[Report on the health of British troops in the Madras command]
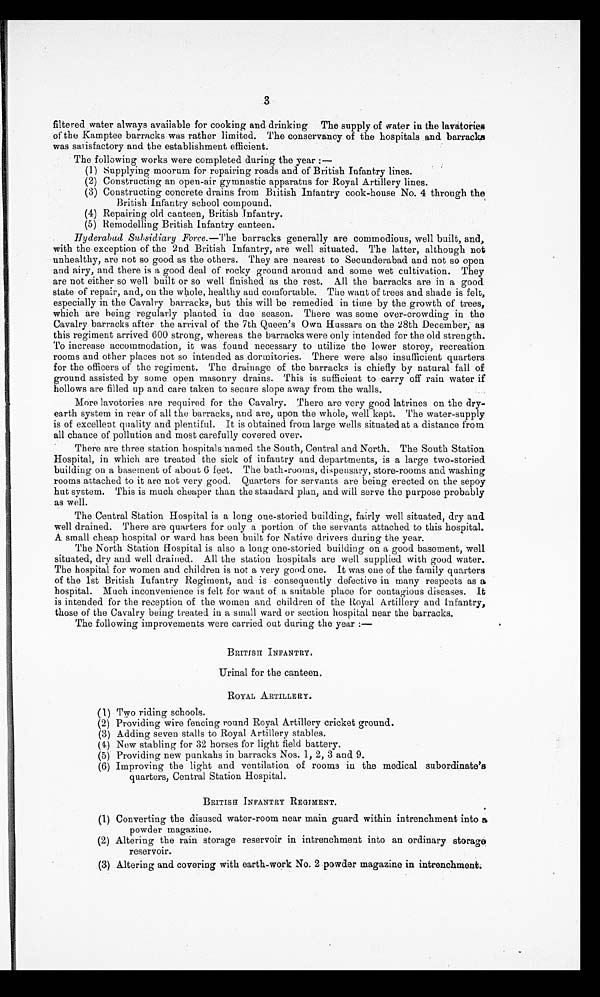
3
filtered water always available for cooking and drinking The supply of water in the lavatories
of the Kamptee barracks was rather limited. The conservancy of the hospitals and barracks
was satisfactory and the establishment efficient.
The following works were completed during the year:—
(1) Supplying moorum for repairing roads and of British Infantry lines.
(2) Constructing an open-air gymnastic apparatus for Royal Artillery lines.
(3) Constructing concrete drains from British Infantry cook-house No. 4 through the
British Infantry school compound.
(4) Repairing old canteen, British Infantry.
(5) Remodelling British Infantry canteen.
Hyderabad Subsidiary Force. —The barracks generally are commodious, well built, and,
with the exception of the 2nd British Infantry, are well situated. The latter, although not
unhealthy, are not so good as the others. They are nearest to Secunderabad and not so open
and airy, and there is a good deal of rocky ground around and some wet cultivation. They
are not either so well built or so well finished as the rest. All the barracks are in a good
state of repair, and, on the whole, healthy and comfortable. The want of trees and shade is felt,
especially in the Cavalry barracks, but this will be remedied in time by the growth of trees,
which are being regularly planted in due season. There was some over-crowding in the
Cavalry barracks after the arrival of the 7th Queen's Own Hussars on the 28th December, as
this regiment arrived 600 strong, whereas the barracks were only intended for the old strength.
To increase accommodation, it was found necessary to utilize the lower storey, recreation
rooms and other places not so intended as dormitories. There were also insufficient quarters
for the officers of the regiment. The drainage of the barracks is chiefly by natural fall of
ground assisted by some open masonry drains. This is sufficient to carry off rain water if
hollows are filled up and care taken to secure slope away from the walls.
More lavotories are required for the Cavalry. There are very good latrines on the dry
-earth system in rear of all the barracks, and are, upon the whole, well kept. The water-supply
is of excellent quality and plentiful. It is obtained from large wells situated at a distance from
all chance of pollution and most carefully covered over.
There are three station hospitals named the South, Central and North. The South Station
Hospital, in which are treated the sick of infantry and departments, is a large two-storied
building on a basement of about 6 feet. The bath-rooms, dispensary, store-rooms and washing
rooms attached to it are not very good. Quarters for servants are being erected on the sepoy
hut system. This is much cheaper than the standard plan, and will serve the purpose probably
as well.
The Central Station Hospital is a long one-storied building, fairly well situated, dry and
well drained. There are quarters for only a portion of the servants attached to this hospital.
A small cheap hospital or ward has been built for Native drivers during the year.
The North Station Hospital is also a long one-storied building on a good basement, well
situated, dry and well drained. All the station hospitals are well supplied with good water.
The hospital for women and children is not a very good one. It was one of the family quarters
of the 1st British Infantry Regiment, and is consequently defective in many respects as a
hospital. Much inconvenience is felt for want of a suitable place for contagious diseases. It
is intended for the reception of the women and children of the Royal Artillery and Infantry,
those of the Cavalry being treated in a small ward or section hospital near the barracks.
The following improvements were carried out during the year
:—
BRITISH INFANTRY.
Urinal for the canteen.
ROYAL ARTILLERY.
( 1) Two r i di ng s c hool s .
(2) Providing wire fencing round Royal Artillery cricket ground.
(3) Adding seven stalls to Royal Artillery stables.
(4) New stabling for 32 horses for light field battery.
(5) Providing new punkahs in barracks Nos. 1, 2, 3 and 9.
(6) Improving the light and ventilation of rooms in the medical subordinate's
quarters, Central Station Hospital.
BRITISH INFANTRY REGIMENT.
(1) Converting the disused water-room near main guard within intrenchment into a
powder magazine.
(2) Altering the rain storage reservoir in intrenchment into an ordinary storage
reservoir.
(3) Altering and covering with earth-work No. 2 powder magazine in intrenchment.